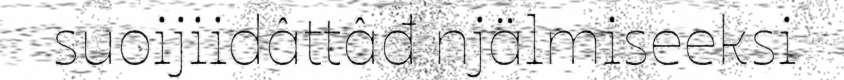
suoijiidâttâđ njälmiseeksi